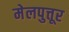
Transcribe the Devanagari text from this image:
मेलपुत्तूर